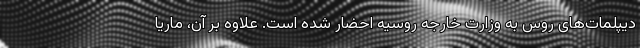
دیپلمات‌های روس به وزارت خارجه روسیه احضار شده است. علاوه بر آن، ماریا